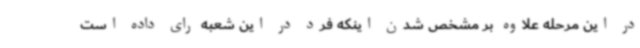
در این مرحله علاوه بر مشخص شدن اینکه فرد در این شعبه رای داده است